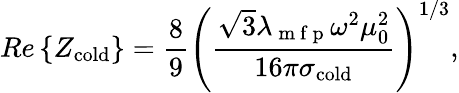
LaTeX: Re\left\{ Z_{\mathrm{cold}}\right\} =\frac{8}{9}\left(\frac{\sqrt{3}\lambda_{\mathrm{~m~f~p~}}\omega^{2}\mu_{0}^{2}}{16\pi\sigma_{\mathrm{cold}}}\right)^{1/3},